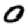
Digit: 0